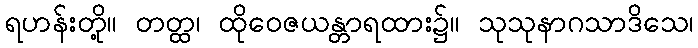
ရဟန်းတို့။ တတ္ထ၊ ထိုဝေဇယန္တာရထား၌။ သုသုနာဂသာဒိသေ၊